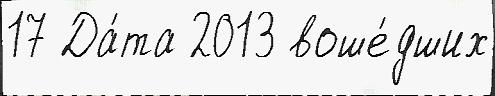
17 Да́та 2013 воше́дших